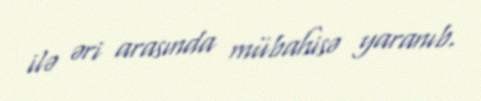
ilə əri arasında mübahisə yaranıb.